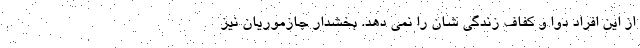
از این افراد دوا و کفاف زندگی شان را نمی دهد. بخشدار جازموریان نیز